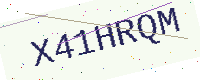
Text: X41HRQM